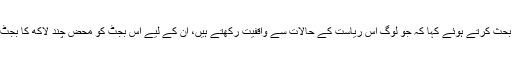
کامران خان سکنہ مینگورہ نے بجٹ پر بحث کرتے ہوئے کہا کہ جو لوگ اس ریاست کے حالات سے واقفیت رکھتے ہیں، اُن کے لیے اس بجٹ کو محض چند لاکھ کا بجٹ سمجھ کر کم اہمیت دینا انصاف نہ ہوگا۔